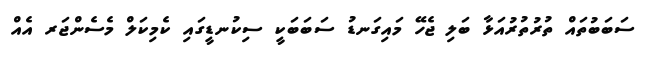
ސަބަބުތައް ތުރުތުރުއަޅާ ބަލި ޖެހޭ މައިގަނޑު ސަބަބަކީ ސިކުނޑީގައި ކެމިކަލް މެސެންޖަރ އެއް